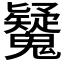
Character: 𩴷